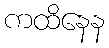
ကထိနေန